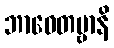
ဘာဝေတဗ္ဗာနိ